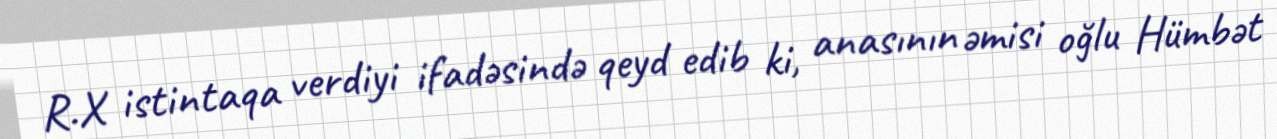
R.X istintaqa verdiyi ifadəsində qeyd edib ki, anasının əmisi oğlu Hümbət